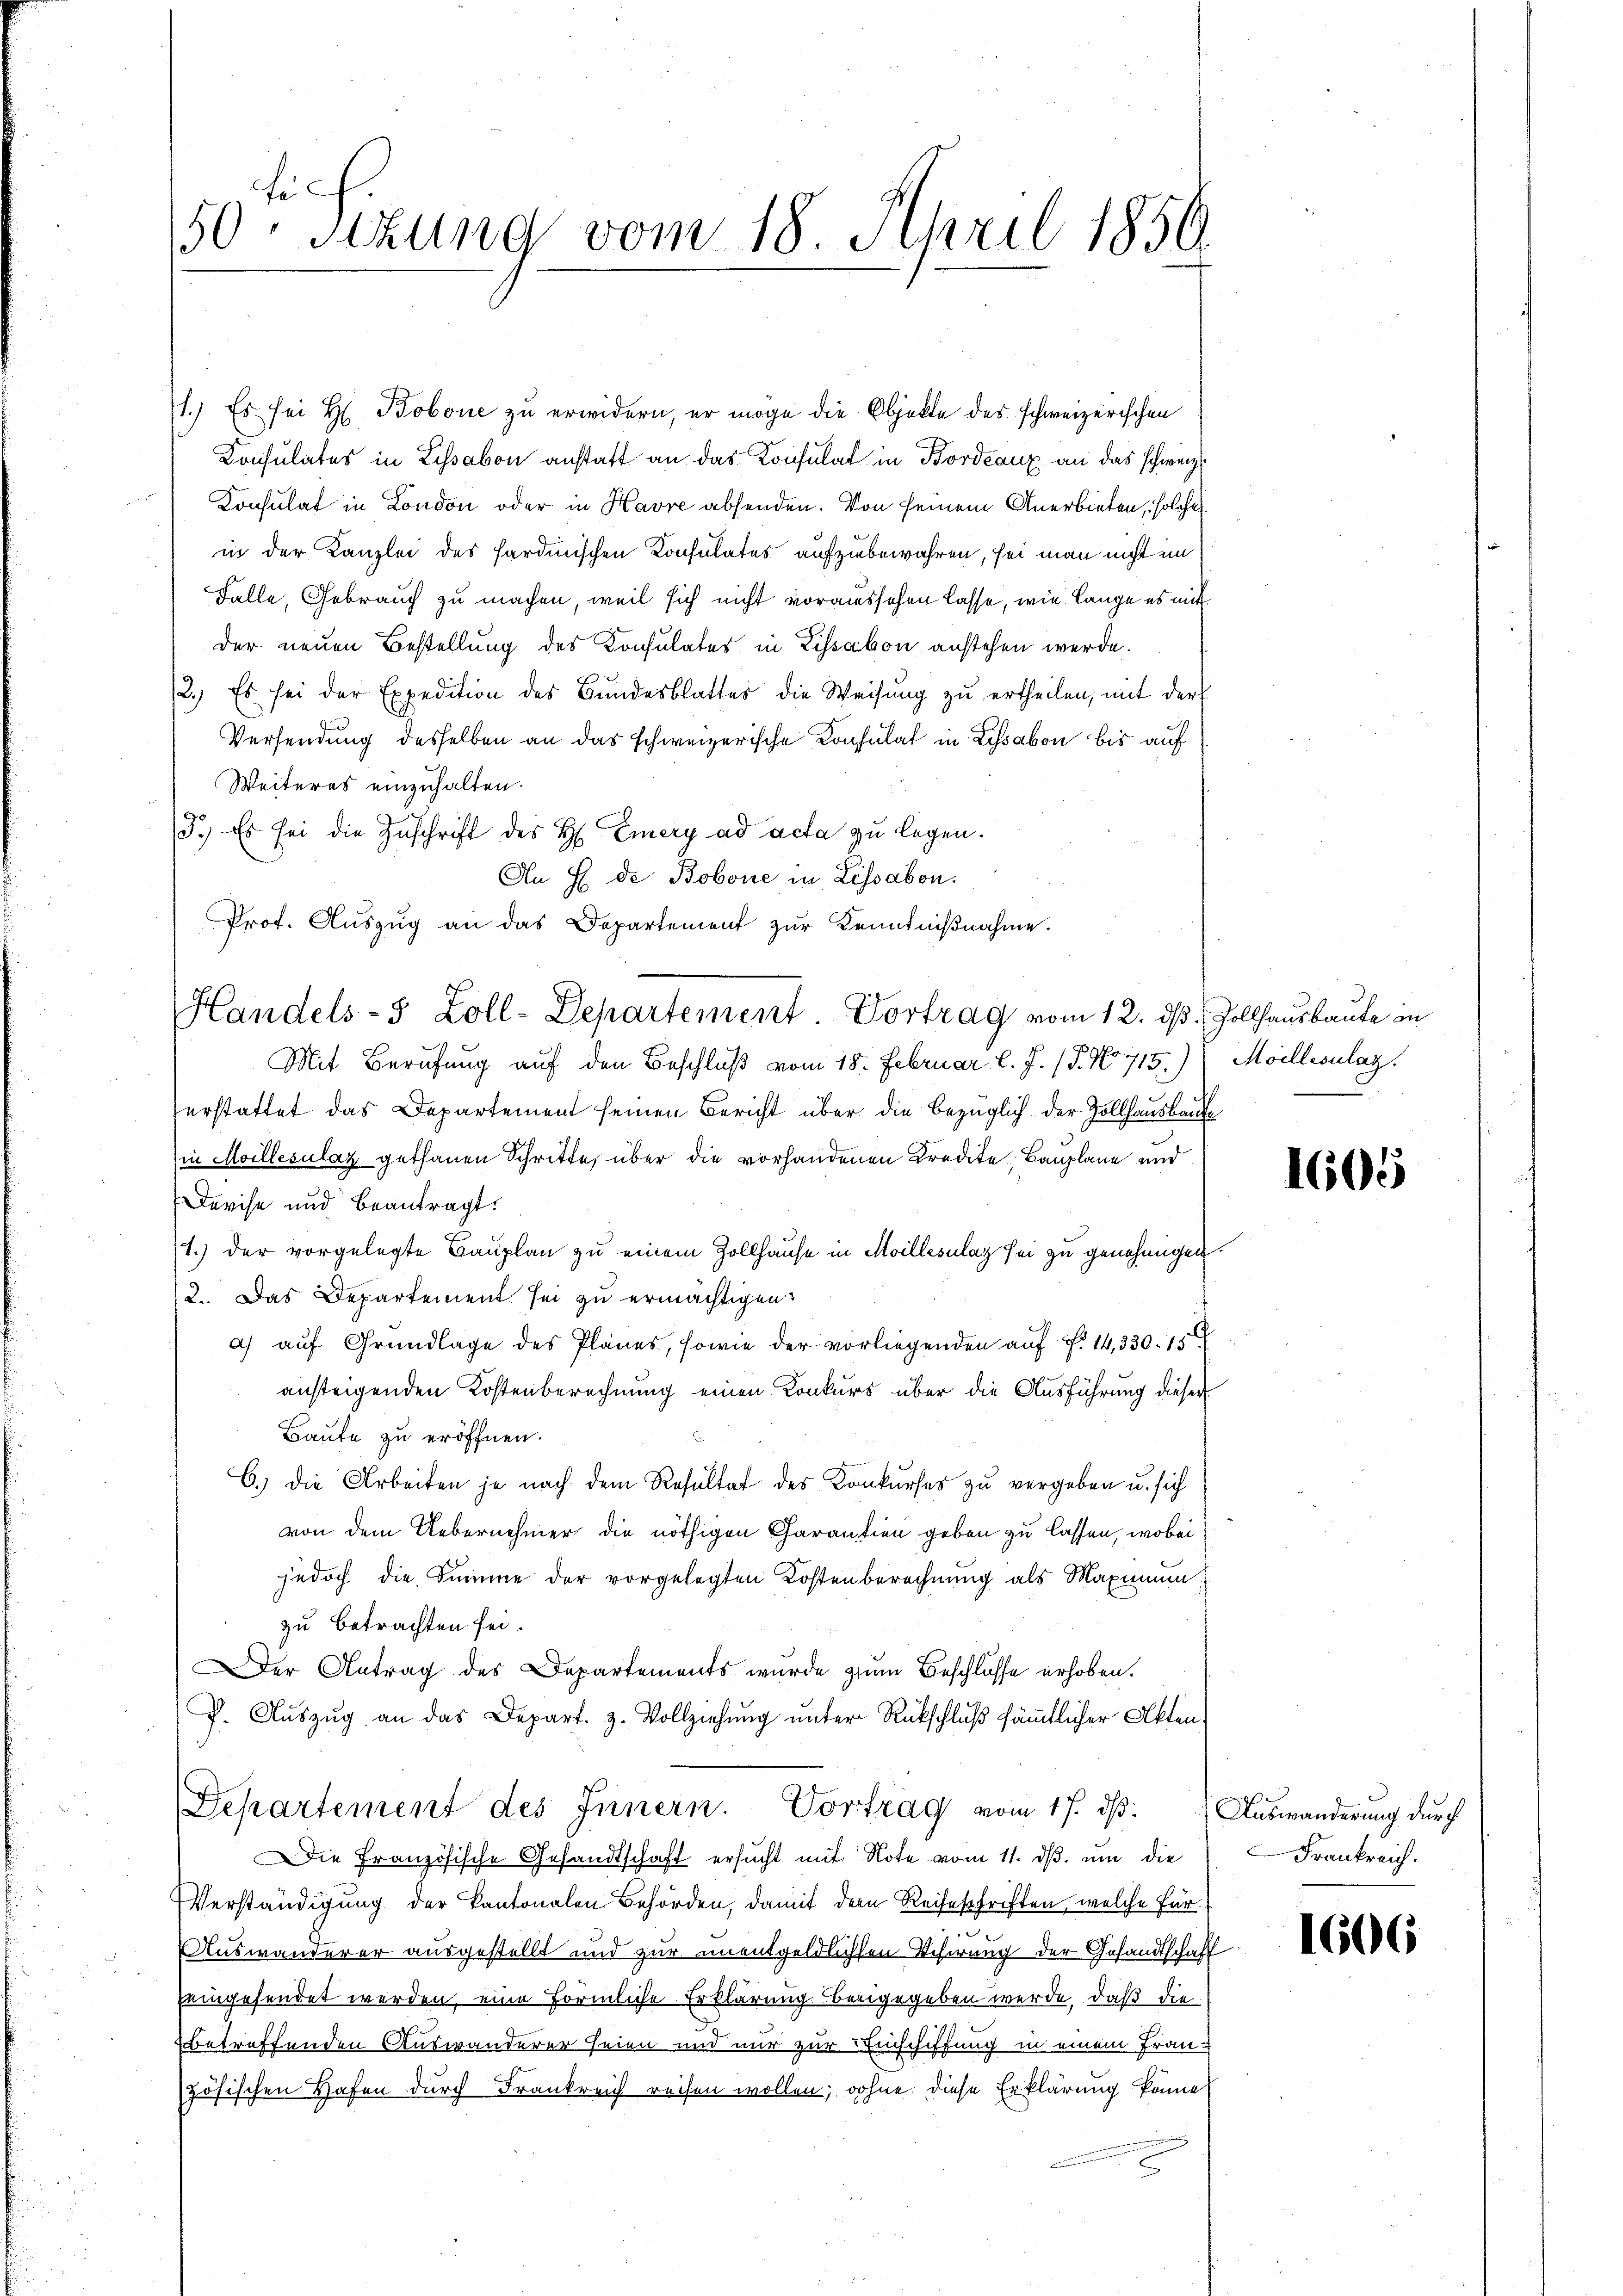
Fi
50. Sitzung vom 18. April 1850

1.) Es sei H. Bobone zu erwidern, er möge die Objekte des schweizerischen
Konsulates in Lissabon anstatt an das Konsulat in Bordeaux an das schweiz.
Konsulat in London oder in Havre absenden. Von seinem Anerbieten, solche
in der Kanzlei des sardinischen Consulates aufzubewahren, sei man nicht im
Falle, Gebrauch zu machen, weil sich nicht voraussehen lasse, wie lange es mit
der neuen Bestellung des Konsulates in Lissabon anstehen werde.
3.) Es sei der Expedition des Bŭndesblatter die Weisŭng zŭ ertheilen, mit der
Versendung desselben an das schweizerische Konsulat in Lissabon bis auf
Weiteres einzuhalten.
3.) Es sei die Zuschrift des H. Emery ad acta zu legen.
An E de Bobone in Lissabon.
Prof. Auszug an das Departement zur Kenntnißnahme.
Mit Berufung auf den Beschluß vom 18. Februar l. J. (T. No 715.) Moillenlag
erstattet das Departement seinen Bericht über die bezüglich der Zollhausbaute
in Moillesulaz gethanen Schritte, über die vorhandenen Kredite Bauplane und
Devise und beantragt.
1.) der vorgelegte Bauplan zu einem Zollhause in Moillesalaz sei zu genehmigen.
2. Das Departement sei zu ermächtigen.
a) auf Grundlage des Planes, sowie der vorliegenden auf Fr. 14, 330. 15
ansteigenden Kostenberechnung einen Konkurs über die Ausführung dieser
Baute zu eröffnen.
B.) Die Arbeiten je nach dem Resultat des Konkurses zu vergeben u. sich
von dem Uebernehmer die nöthigen Garantien geben zu lassen, wobei
jedoch die Summe der vorgelegten Kostenberechnung als Maximum.
zu betrachten sei.
er Antrag des Departements wurde zum Beschlusse erhoben.
P. Auszug an das Depart. 3. Vollziehung unter Rückschluß sämmtlicher Akten-
Departement des Innern. Vortrag vom 17. ds. Auswanderung durch
Die Französische Gesandtschaft ersucht mit Note vom 11. ds. um die
Verständigung der Kantonalen Behörden, damit dem Reiseschriften, welche für
Auswanderer ausgestellt und zur unentgeldlichen Schirung der Gesandtschaft
eingesendet werden, eine förmliche Erklärung beeigegeben werde, daß die
betreffenden Auswanderer seien und nur zur Einschiffung in einem Französischen Hafen durch Frankreich reisen wollen; wohne diese Erklärung könne,

Handels- 5 Zoll-Departement Vortrag vom 12. ds. Zollhausbaute in

1605

Frankreich.

1606